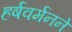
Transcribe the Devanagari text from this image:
हर्षवर्मनने